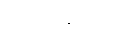
ကောင်းသလို